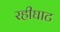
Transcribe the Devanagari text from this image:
रहीघाट